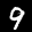
Label: 9